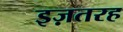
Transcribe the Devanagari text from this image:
इज़तरह